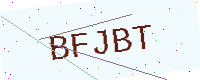
Text: BFJBT